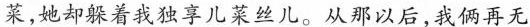
菜,她却躲着我独享儿菜乡儿。从那以后,我俩再无